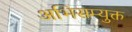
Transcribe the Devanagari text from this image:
अभिसम्युक्त